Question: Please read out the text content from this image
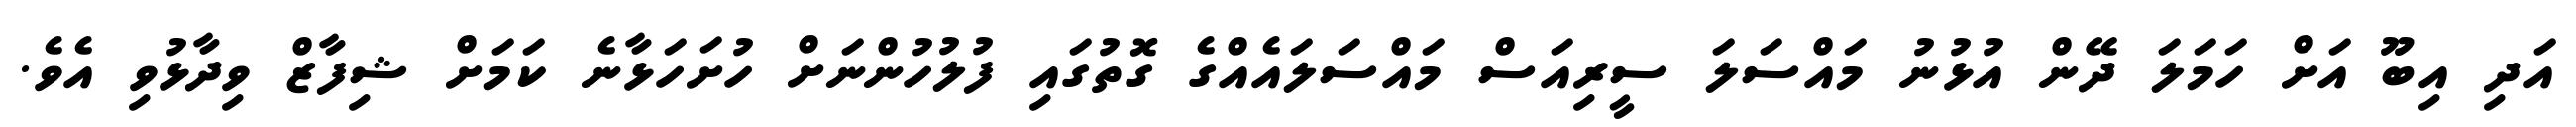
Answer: އަދި އިބޫ އަށް ހަމަލަ ދޭން އުޅުނު މައްސަލަ ސީރިއަސް މައްސަލައެއްގެ ގޮތުގައި ފުލުހުންނަށް ހުށަހަޅާނެ ކަމަށް ޝިފާޒް ވިދާޅުވި އެވެ.